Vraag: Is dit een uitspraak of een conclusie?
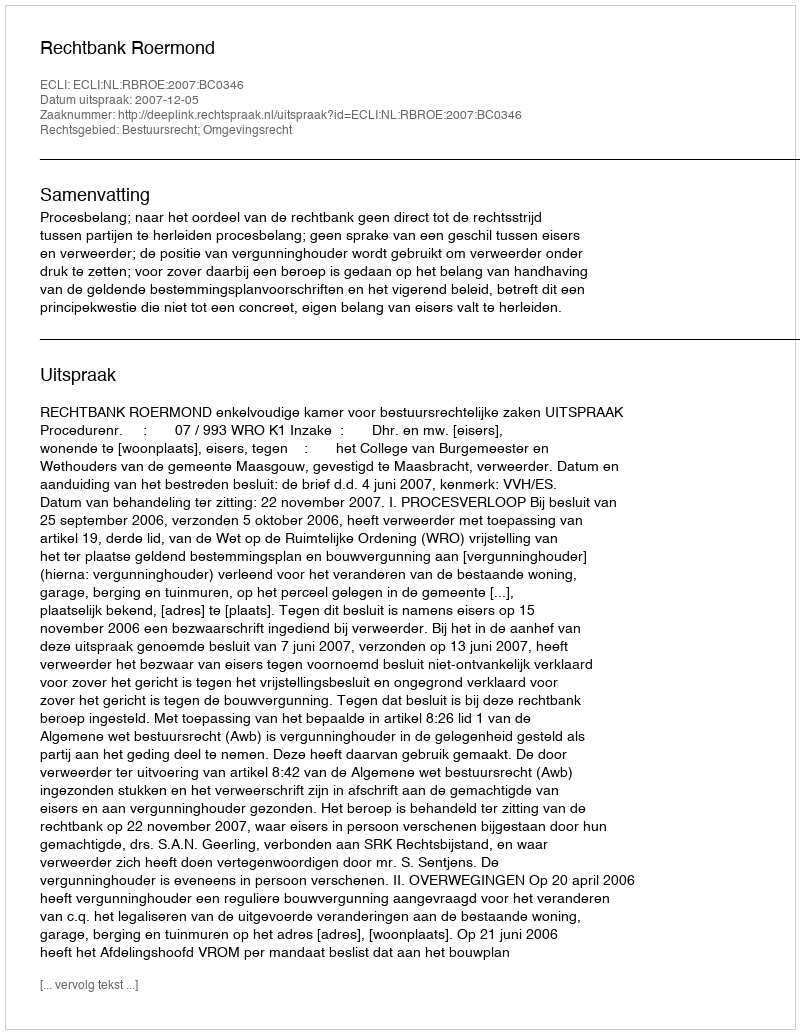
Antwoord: Uitspraak